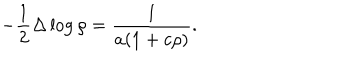
LaTeX: - \frac 1 2 \Delta \log \rho = \frac 1 { a ( 1 + c \rho ) } .